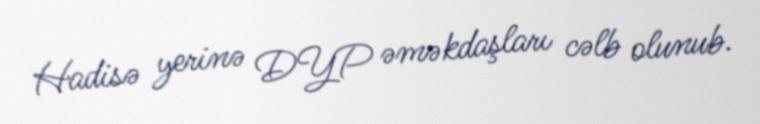
Hadisə yerinə DYP əməkdaşları cəlb olunub.